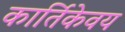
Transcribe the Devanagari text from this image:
कार्तिकेवय